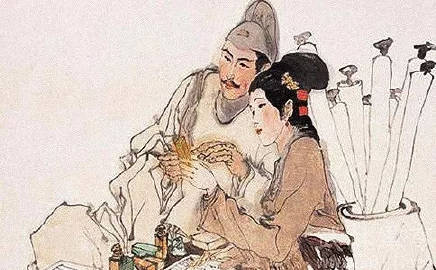
寝兴目存形，遗音犹在耳。